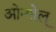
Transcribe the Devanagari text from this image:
ओन्गोल्